Lunatic asylums Central Provinces reports 1895-1909 - 1895-1909
Year: 1895
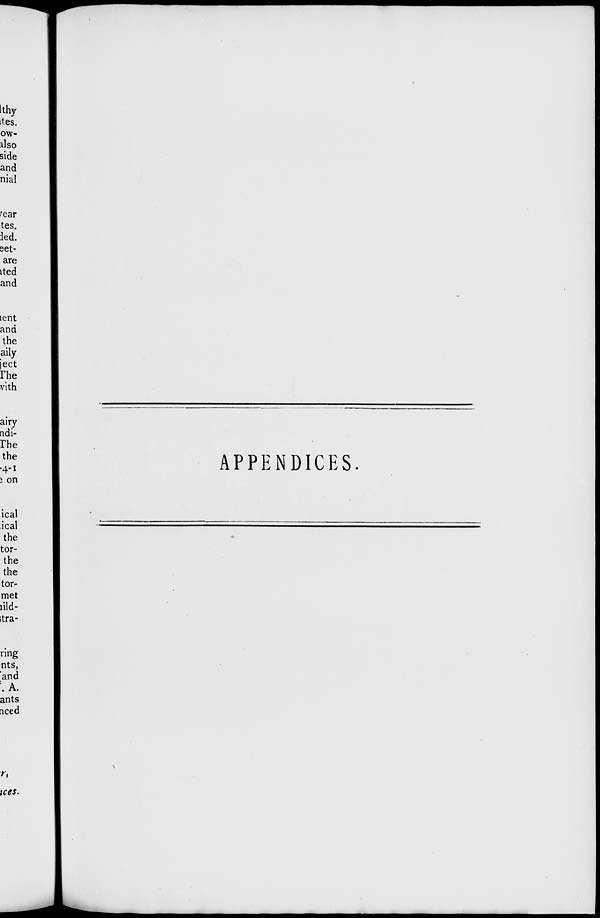
APPENDICES.